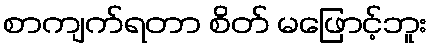
စာကျက်ရတာ စိတ် မဖြောင့်ဘူး